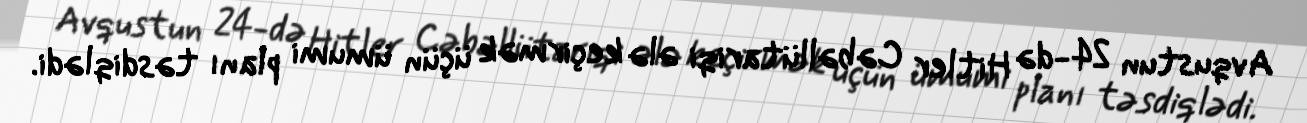
Avqustun 24-də Hitler Cəbəllütariqi ələ keçirmək üçün ümumi planı təsdiqlədi.